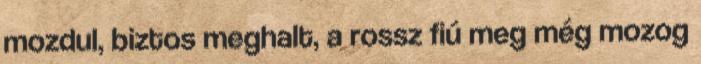
mozdul, biztos meghalt, a rossz fiú meg még mozog